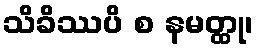
သိခိဿပိ စ နမတ္ထု၊